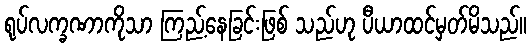
ရုပ်လက္ခဏာကိုသာ ကြည့်နေခြင်းဖြစ် သည်ဟု ပီယာထင်မှတ်မိသည်။